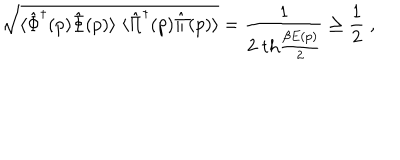
LaTeX: \sqrt { \langle \hat { \Phi } ^ { \dagger } ( p ) \hat { \Phi } ( p ) \rangle \; \langle \hat { \Pi } ^ { \dagger } ( p ) \hat { \Pi } ( p ) \rangle } = { \frac { 1 } { 2 \; \mathrm { t h } { \frac { \beta E ( p ) } { 2 } } } } \ge { \frac { 1 } { 2 } } \; ,